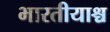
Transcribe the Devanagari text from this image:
भारतीयाश्च